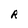
Character: R